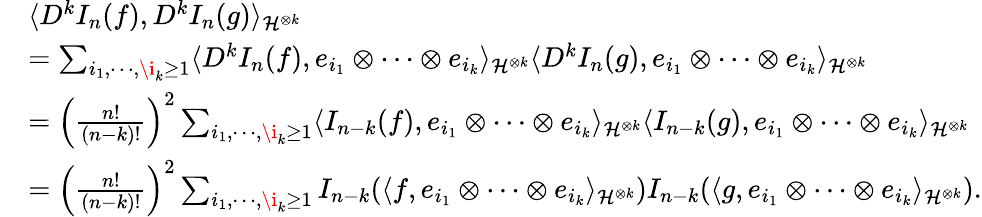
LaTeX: \begin{array}{rl}&{\langle D^{k}I_{n}(f),D^{k}I_{n}(g)\rangle_{\mathcal{H}^{\otimes k}}}\\ &{=\sum_{i_{1},\cdots,\i_{k}\geq 1}\langle D^{k}I_{n}(f),e_{i_{1}}\otimes\cdots\otimes e_{i_{k}}\rangle_{\mathcal{H}^{\otimes k}}\langle D^{k}I_{n}(g),e_{i_{1}}\otimes\cdots\otimes e_{i_{k}}\rangle_{\mathcal{H}^{\otimes k}}}\\ &{=\left(\frac{n!}{(n-k)!}\right)^{2}\sum_{i_{1},\cdots,\i_{k}\geq 1}\langle I_{n-k}(f),e_{i_{1}}\otimes\cdots\otimes e_{i_{k}}\rangle_{\mathcal{H}^{\otimes k}}\langle I_{n-k}(g),e_{i_{1}}\otimes\cdots\otimes e_{i_{k}}\rangle_{\mathcal{H}^{\otimes k}}}\\ &{=\left(\frac{n!}{(n-k)!}\right)^{2}\sum_{i_{1},\cdots,\i_{k}\geq 1}I_{n-k}(\langle f,e_{i_{1}}\otimes\cdots\otimes e_{i_{k}}\rangle_{\mathcal{H}^{\otimes k}})I_{n-k}(\langle g,e_{i_{1}}\otimes\cdots\otimes e_{i_{k}}\rangle_{\mathcal{H}^{\otimes k}}).}\end{array}